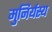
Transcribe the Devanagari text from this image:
मुनिर्यस्य